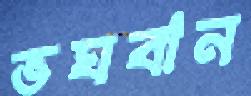
ভঘবান